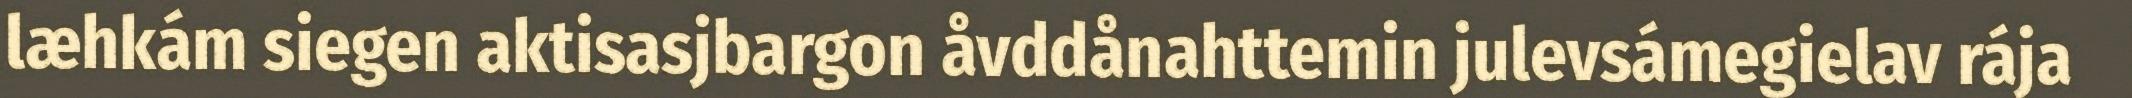
læhkám siegen aktisasjbargon åvddånahttemin julevsámegielav rája